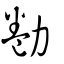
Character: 勌